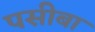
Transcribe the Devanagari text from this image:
पसीबा